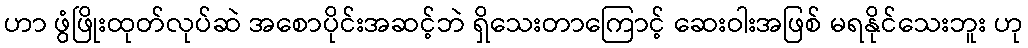
ဟာ ဖွံဖြိုးထုတ်လုပ်ဆဲ အစောပိုင်းအဆင့်ဘဲ ရှိသေးတာကြောင့် ဆေးဝါးအဖြစ် မရနိုင်သေးဘူး ဟု